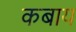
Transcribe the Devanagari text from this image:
कबाय